Indian journal of veterinary science and animal husbandry - Volumes 22-23, 1952-1953
Year: 1952
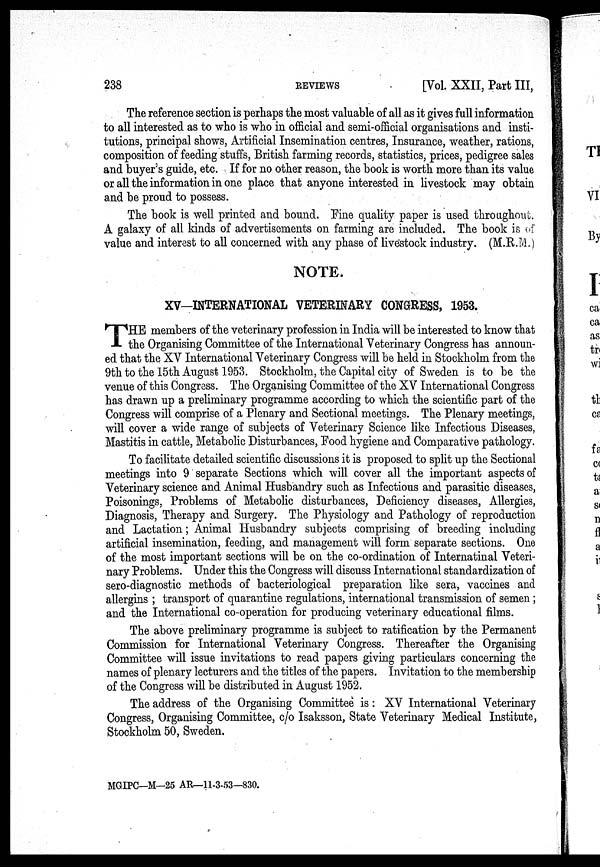
238
REVIEWS
[Vol. XXII, Part III,
The reference section is perhaps the most valuable of all as it gives full information
to all interested as to who is who in official and semi-official organisations and insti-
tutions, principal shows, Artificial Insemination centres, Insurance, weather, rations,
composition of feeding stuffs, British farming records, statistics, prices, pedigree sales
and buyer's guide, etc. If for no other reason, the book is worth more than its value
or all the information in one place that anyone interested in livestock may obtain
and be proud to possess.
The book is well printed and bound. Fine quality paper is used throughout.
A galaxy of all kinds of advertisements on farming are included. The book is of
value and interest to all concerned with any phase of livestock industry. (M.R.M.)
NOTE.
XV—INTERNATIONAL VETERINARY CONGRESS, 1953.
T HE members of the veterinary profession in India will be interested to know that
the Organising Committee of the International Veterinary Congress has announ-
ed that the XV International Veterinary Congress will be held in Stockholm from the
9th to the 15th August 1953. Stockholm, the Capital city of Sweden is to be the
venue of this Congress. The Organising Committee of the XV International Congress
has drawn up a preliminary programme according to which the scientific part of the
Congress will comprise of a Plenary and Sectional meetings. The Plenary meetings,
will cover a wide range of subjects of Veterinary Science like Infectious Diseases,
Mastitis in cattle, Metabolic Disturbances, Food hygiene and Comparative pathology.
To facilitate detailed scientific discussions it is proposed to split up the Sectional
meetings into 9 separate Sections which will cover all the important aspects of
Veterinary science and Animal Husbandry such as Infectious and parasitic diseases,
Poisonings, Problems of Metabolic disturbances, Deficiency diseases, Allergies,
Diagnosis, Therapy and Surgery. The Physiology and Pathology of reproduction
and Lactation; Animal Husbandry subjects comprising of breeding including
artificial insemination, feeding, and management will form separate sections. One
of the most important sections will be on the co-ordination of Internatinal Veteri-
nary Problems. Under this the Congress will discuss International standardization of
sero-diagnostic methods of bacteriological preparation like sera, vaccines and
allergins ; transport of quarantine regulations, international transmission of semen ;
and the International co-operation for producing veterinary educational films.
The above preliminary programme is subject to ratification by the Permanent
Commission for International Veterinary Congress. Thereafter the Organising
Committee will issue invitations to read papers giving particulars concerning the
names of plenary lecturers and the titles of the papers. Invitation to the membership
of the Congress will be distributed in August 1952.
The address of the Organising Committee is: XV International Veterinary
Congress, Organising Committee, c/o Isaksson, State Veterinary Medical Institute,
Stockholm 50, Sweden.
MGIPC—M—25 AR—11-3-53—830.